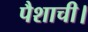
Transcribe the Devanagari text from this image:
पैशाची।